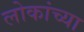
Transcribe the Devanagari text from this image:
लोकांच्‍या